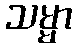
သမ္မာ